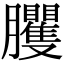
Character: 𦣒